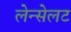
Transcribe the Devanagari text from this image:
लेन्सेलट